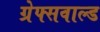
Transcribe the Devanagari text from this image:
ग्रेफ्सवाल्ड